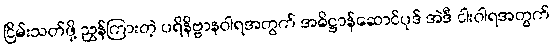
ငြိမ်းသတ်ဖို့ ညွှန်ကြားတဲ့ ပရိနိဗ္ဗာနဝါရအတွက် အဓိဋ္ဌာန်ဆောင်ပုဒ် အဲဒီ ငါးဝါရအတွက်